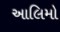
આલિમો